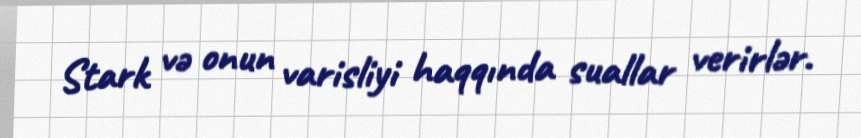
Stark və onun varisliyi haqqında suallar verirlər.